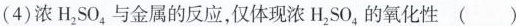
(4)浓H_{2}SO_{4}与金属的反应，仅体现浓H_{2}SO_{4}的氧化性 ( )